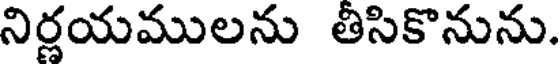
నిర్ణయములను తీసికొనును.